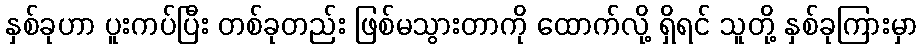
နှစ်ခုဟာ ပူးကပ်ပြီး တစ်ခုတည်း ဖြစ်မသွားတာကို ထောက်လို့ ရှိရင် သူတို့ နှစ်ခုကြားမှာ